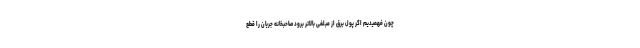
چون فهمیدیم اگر پول برق از مبلغی بالاتر برود صاحبخانه جریان را قطع